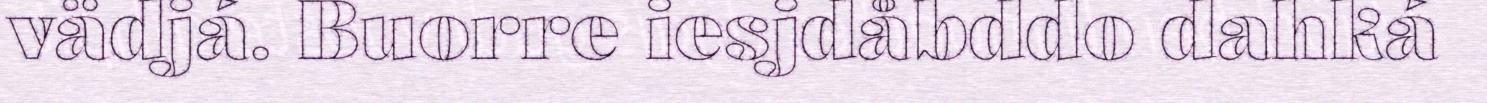
vädjá. Buorre iesjdåbddo dahká